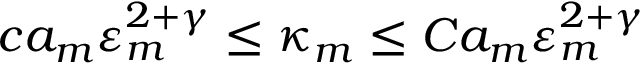
c a _ { m } \varepsilon _ { m } ^ { 2 + \gamma } \leq \kappa _ { m } \leq C a _ { m } \varepsilon _ { m } ^ { 2 + \gamma }